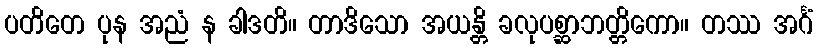
ပတိတေ ပုန အညံ န ခါဒတိ။ တာဒိသော အယန္တိ ခလုပစ္ဆာဘတ္တိကော။ တဿ အင်္ဂံ